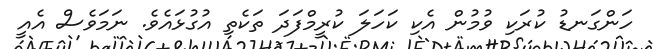
ހަންގަނޑު ކުރަކި ވުމުން އެކި ކަހަލަ ކުރީމްފަދަ ތަކެތި އުގުޅައެވެ. ނަމަވެސް އެއީ